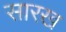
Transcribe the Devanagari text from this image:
सारख